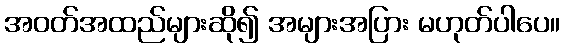
အဝတ်အထည်များဆို၍ အများအပြား မဟုတ်ပါပေ။